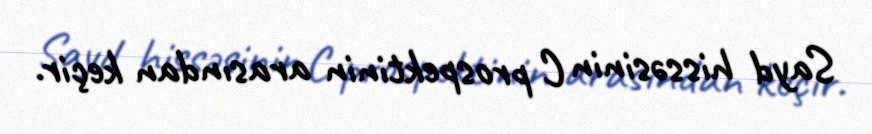
Sayd hissəsinin C prospektinin arasından keçir.